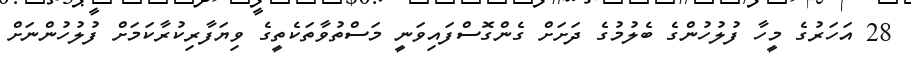
28 އަހަރުގެ މީހާ ފުލުހުންގެ ބެލުމުގެ ދަށަށް ގެންގޮސްފައިވަނީ މަސްތުވާތަކެތީގެ ވިޔަފާރިކުރާކަމަށް ފުލުހުންނަށް